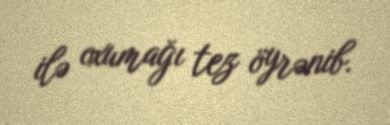
ilə oxumağı tez öyrənib.